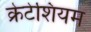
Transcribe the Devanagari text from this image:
क्रेटेशियम